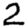
Digit: 2